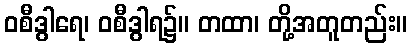
ဝစီဒွါရေ၊ ဝစီဒွါရ၌။ တထာ၊ တို့အတူတည်း။